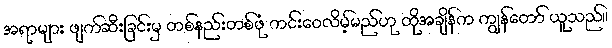
အရာများ ဖျက်ဆီးခြင်းမှ တစ်နည်းတစ်ဖုံ ကင်းဝေလိမ့်မည်ဟု ထိုအချိန်က ကျွန်တော် ယူသည်။